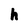
Character: h